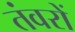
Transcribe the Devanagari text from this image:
तंवरों